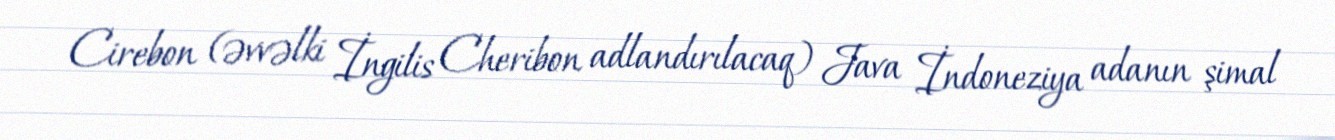
Cirebon (əvvəlki İngilis Cheribon adlandırılacaq) Java İndoneziya adanın şimal